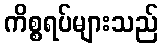
ကိစ္စရပ်များသည်